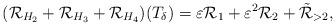
LaTeX: \begin{align*}(\mathcal{R}_{H_2}+\mathcal{R}_{H_3}+\mathcal{R}_{H_4})(T_{\delta})=\varepsilon \mathcal{R}_1+\varepsilon^2 \mathcal{R}_2+\tilde{\mathcal{R}}_{>2},\end{align*}